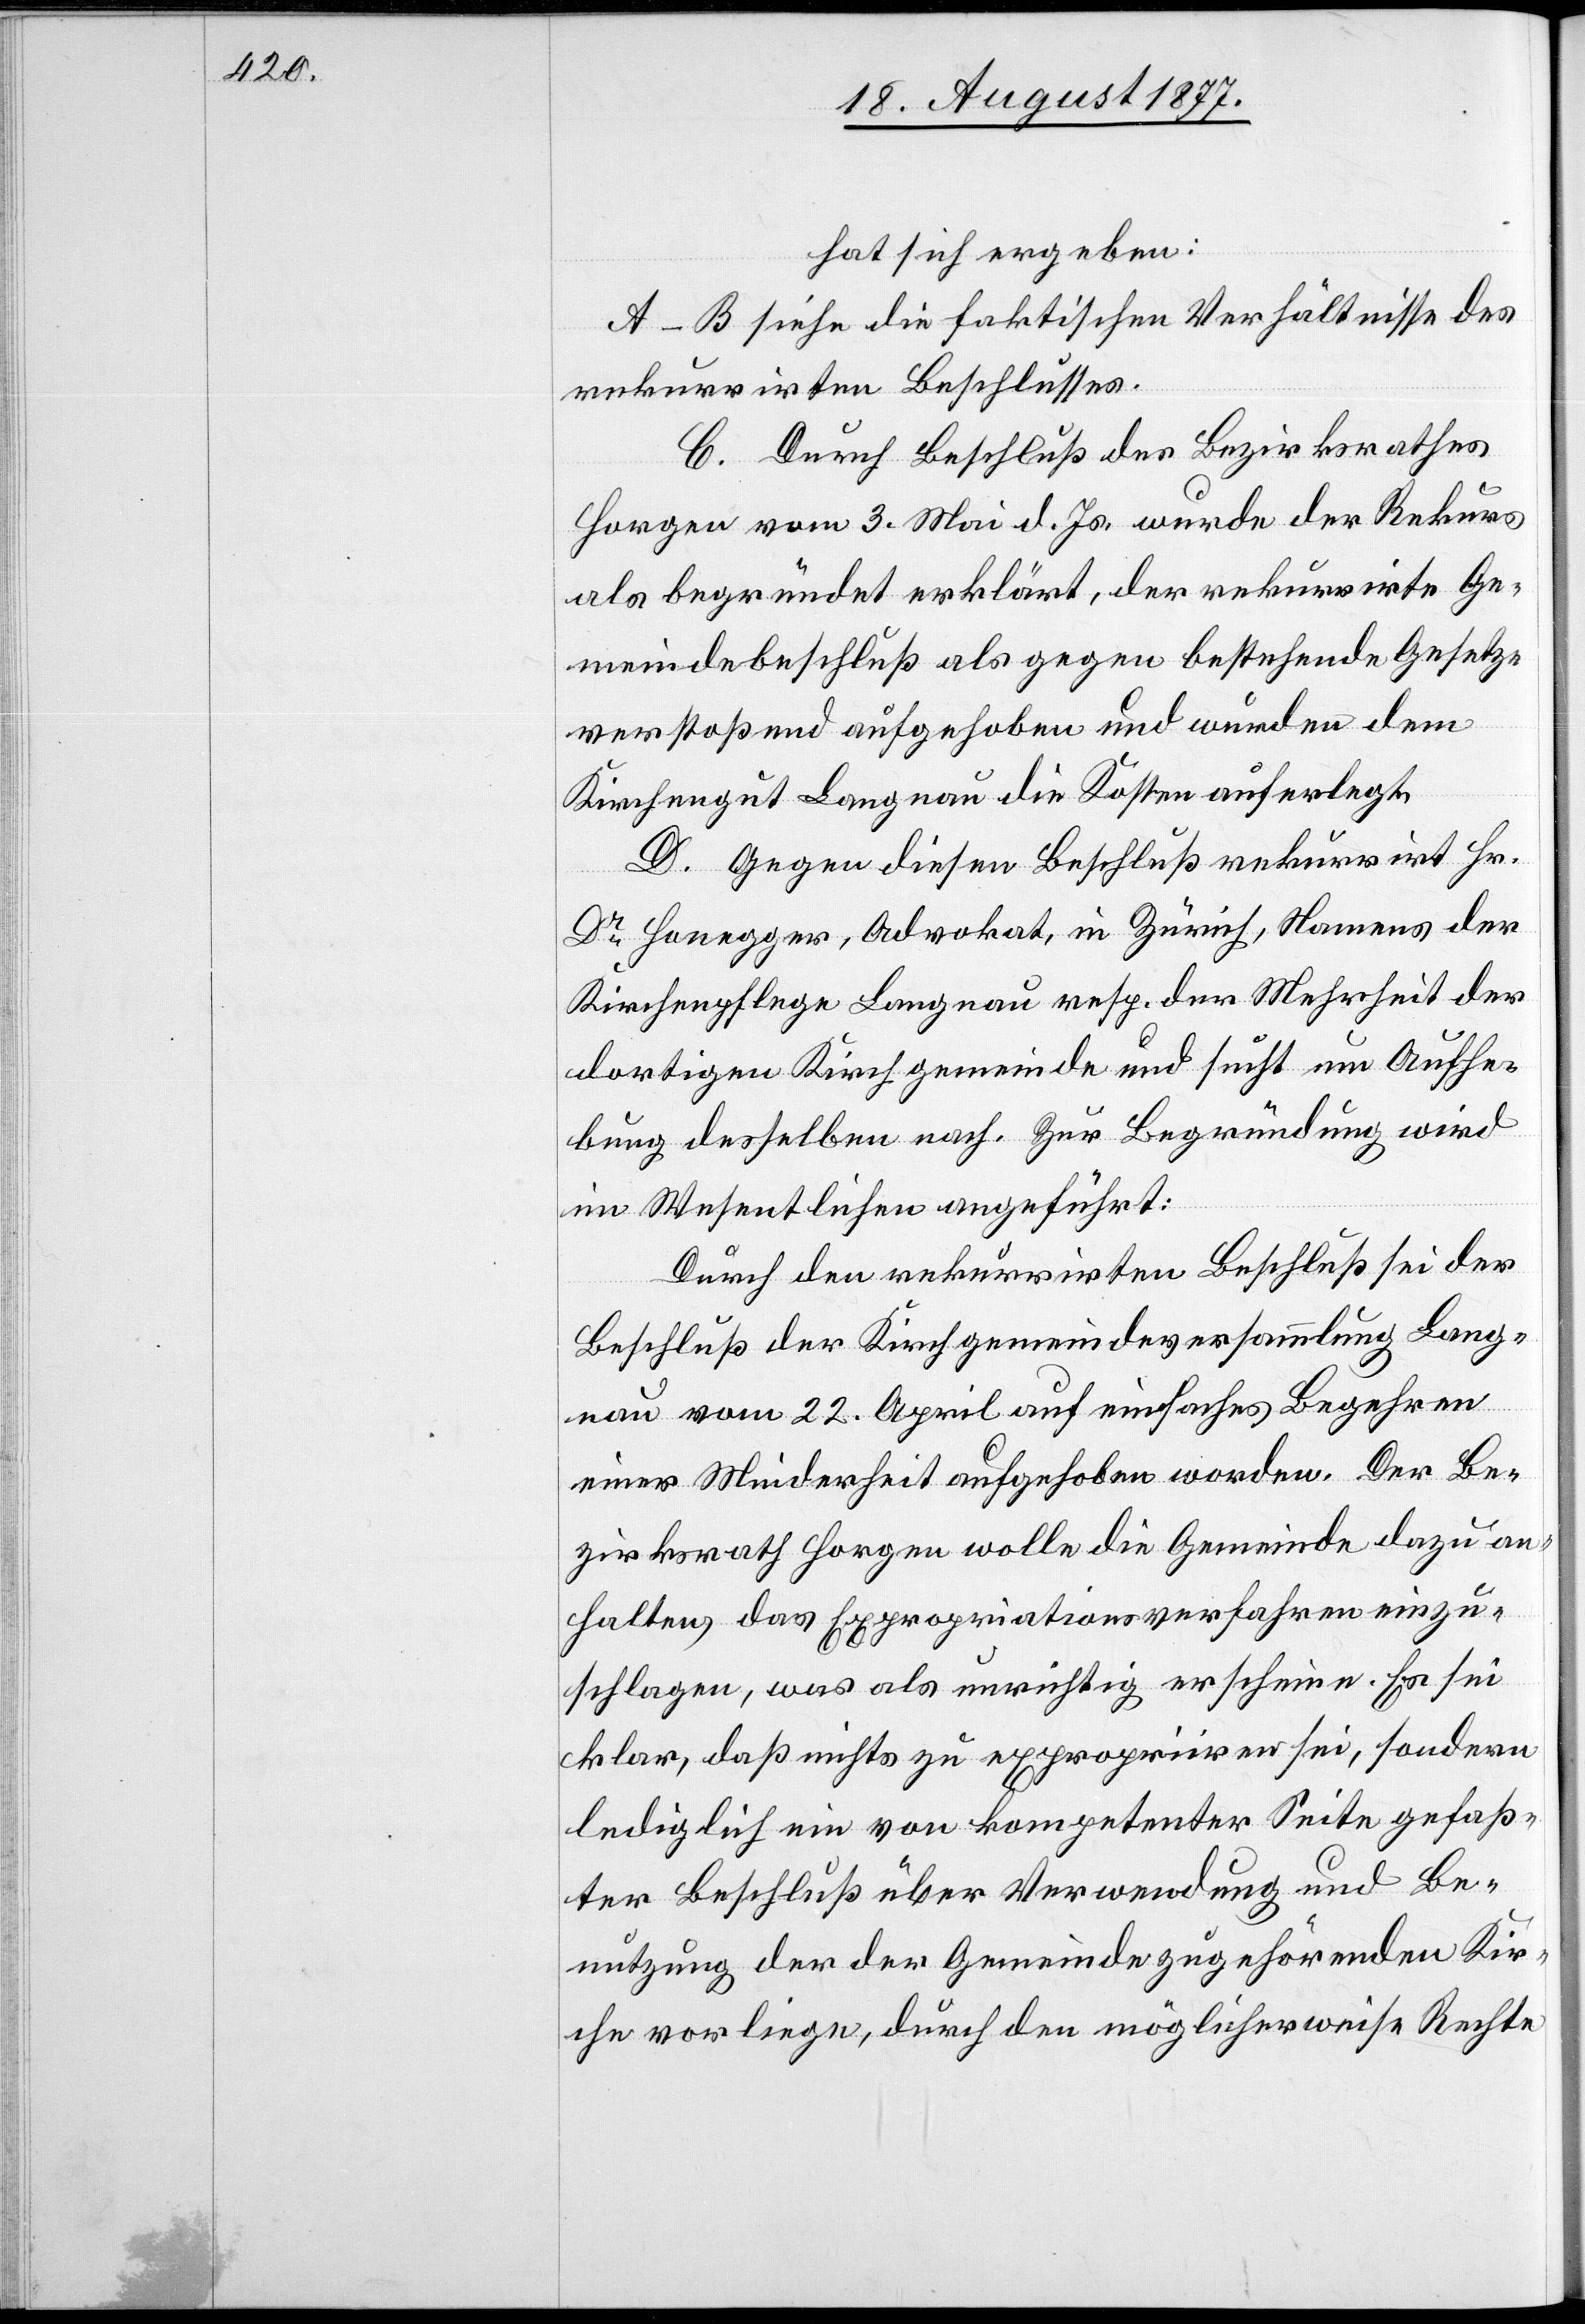
hat sich ergeben:
A–B siehe die faktischen Verhältnisse des
rekurrirten Beschlusses.
C. Durch Beschluß des Bezirksrathes
Horgen vom 3. Mai d. Js. wurde der Rekurs
als begründet erklärt, der rekurrirte Ge¬
meindebeschluß als gegen bestehende Gesetze
verstoßend aufgehoben und wurden dem
Kirchengut Langnau die Kosten auferlegt.
D. Gegen diesen Beschluß rekurrirt Hr.
Dr Honegger, Advokat, in Zürich, Namens der
Kirchenpflege Langnau resp. der Mehrheit der
dortigen Kirchgemeinde und sucht um Aufhe¬
bung desselben nach. Zur Begründung wird
im Wesentlichen angeführt:
Durch den rekurrirten Beschluß sei der
Beschluß der Kirchgemeindeversammlung Lang¬
nau vom 22. April auf einfaches Begehren
einer Minderheit aufgehoben worden. Der Be¬
zirksrath Horgen wolle die Gemeinde dazu an¬
halten, das Expropriationsverfahren einzu¬
schlagen, was als unrichtig erscheine. Es sei
klar, daß nichts zu expropriiren sei, sondern
lediglich ein von kompetenter Seite gefaß¬
ter Beschluß über Verwendung und Be¬
nutzung der der Gemeinde zugehörenden Kir¬
che vorliege, durch den möglicherweise Rechte